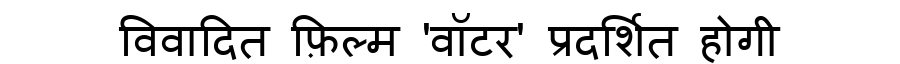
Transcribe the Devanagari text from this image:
विवादित फ़िल्म 'वॉटर' प्रदर्शित होगी